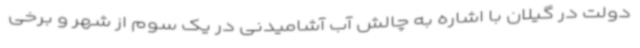
دولت در گیلان با اشاره به چالش آب آشامیدنی در یک سوم از شهر و برخی